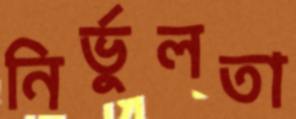
নির্ভুলতা